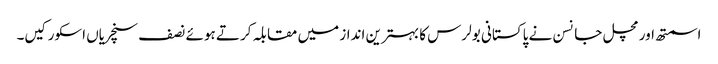
اسمتھ اور مچل جانسن نے پاکستانی بولرس کا بہترین انداز میں مقابلہ کرتے ہوئے نصف سنچریاں اسکور کیں۔